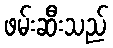
ဖမ်းဆီးသည်